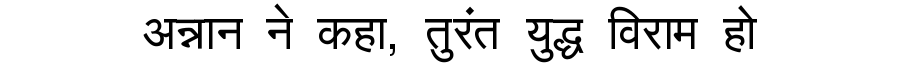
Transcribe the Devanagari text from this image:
अन्नान ने कहा, तुरंत युद्ध विराम हो